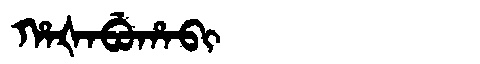
Manchu: ᡥᠠᡧᠠᠪᡠᡥᠠᠪᡳ
Romanization: HAŠABUHABI